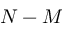
N - M